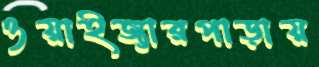
ওয়াইজ্যারপাড়ায়